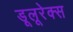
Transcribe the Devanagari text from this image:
डूलूरेक्स